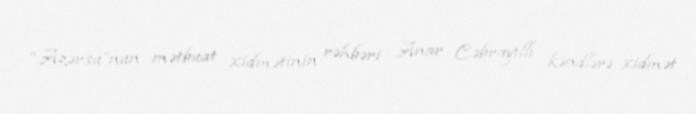
“Azərsu”nun mətbuat xidmətinin rəhbəri Anar Cəbrayıllı kəndlərə xidmət